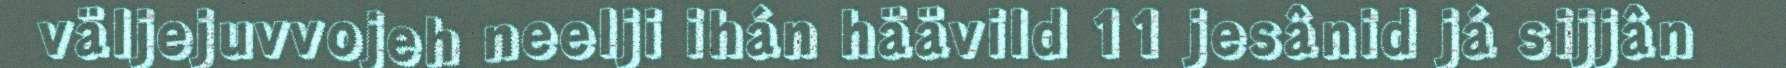
väljejuvvojeh neelji ihán häävild 11 jesânid já sijjân